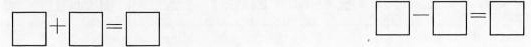
$$\Box + \Box = \Box$$ $$\Box - \Box = \Box$$